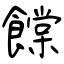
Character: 饓